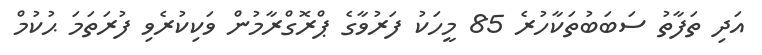
އަދި ތަފާތު ސަބަބުތަކާހުރެ 85 މީހަކު ފަރުވާގެ ޕްރޮގްރާމުން ވަކިކުރެވި ފުރަތަމަ ޙުކުމް